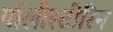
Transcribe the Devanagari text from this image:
पॉलीस्टीरिन